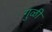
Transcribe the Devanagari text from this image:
गुळी